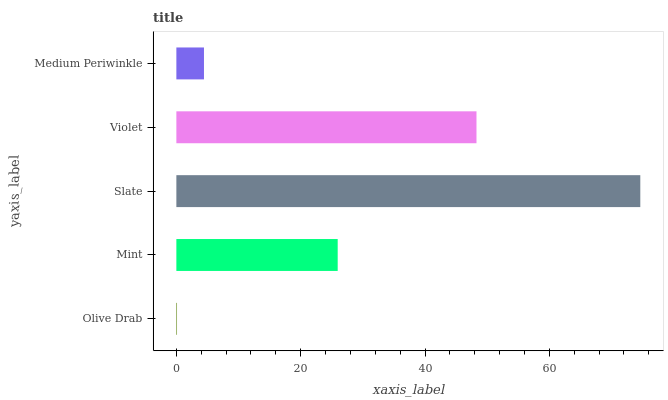
| yaxis_label | bars |
 | --- | --- |
 | Olive Drab | 0.105 |
 | Mint | 26 |
 | Slate | 74.6 |
 | Violet | 48.3 |
 | Medium Periwinkle | 4.44 |